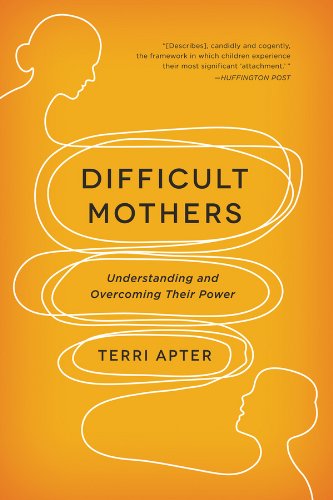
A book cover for Difficult Mothers: Understanding and Overcoming Their Power; Terri Apter; Parenting & Relationships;